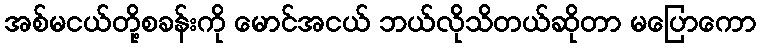
အစ်မငယ်တို့စခန်းကို မောင်အငယ် ဘယ်လိုသိတယ်ဆိုတာ မပြောကော